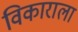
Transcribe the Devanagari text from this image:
विकाराला